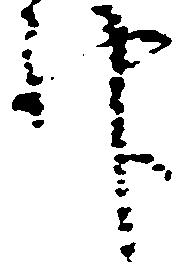
神